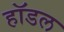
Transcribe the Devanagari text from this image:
हॉडल